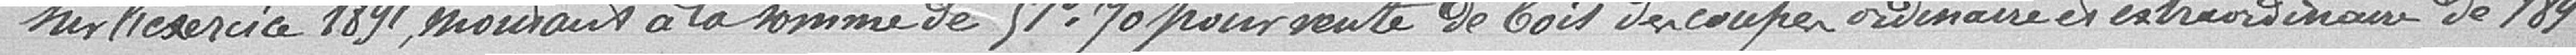
sur l'exercice 1891, montant à la somme de 51 francs 70 pour vente de bois découpé ordinaire et extraordinaire de 1891.